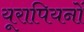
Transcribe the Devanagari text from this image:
यूरापियनों